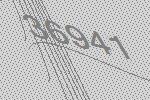
36941